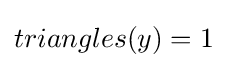
triangles(y)=1